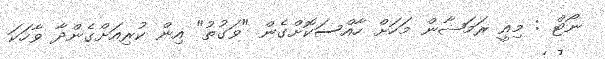
ނޯޓް : މިއީ ރަމަޟާން މަހަށް ހާއްސަކޮށްގެން "ވަގުތު" އިން ކުރިއަށްގެންދާ ވާހަކަ